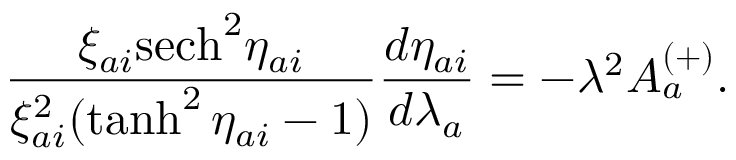
\frac { \xi _ { a i } \mathrm { s e c h } ^ { 2 } \eta _ { a i } } { \xi _ { a i } ^ { 2 } ( \operatorname { t a n h } ^ { 2 } \eta _ { a i } - 1 ) } \frac { d \eta _ { a i } } { d \lambda _ { a } } = - \lambda ^ { 2 } A _ { a } ^ { ( + ) } .